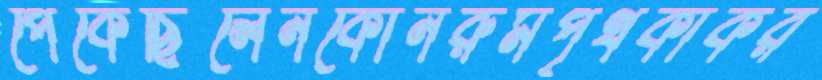
পেকেছিলেনকোনরুমপৃথকীকর